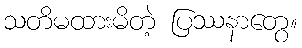
သတိမထားမိတဲ့ ပြဿနာတွေ။